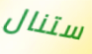
ستنال